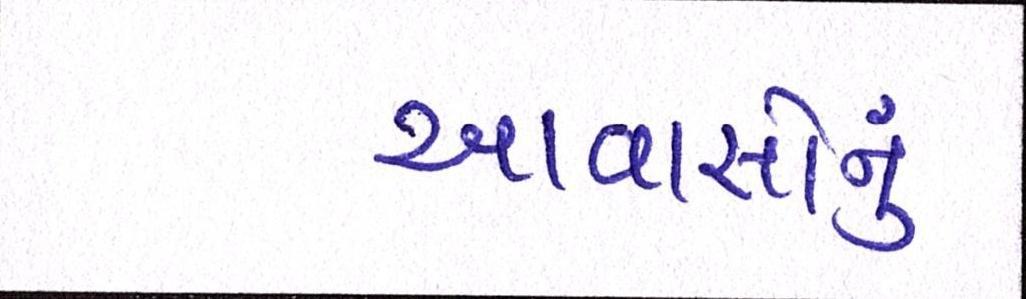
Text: આવાસોનું